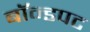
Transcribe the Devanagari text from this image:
बॉन्डपट